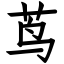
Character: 茑